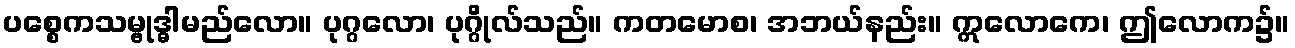
ပစ္စေကသမ္ဗုဒ္ဓါမည်လော။ ပုဂ္ဂလော၊ ပုဂ္ဂိုလ်သည်။ ကတမောစ၊ အဘယ်နည်း။ ဣလောကေ၊ ဤလောက၌။